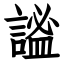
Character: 謐